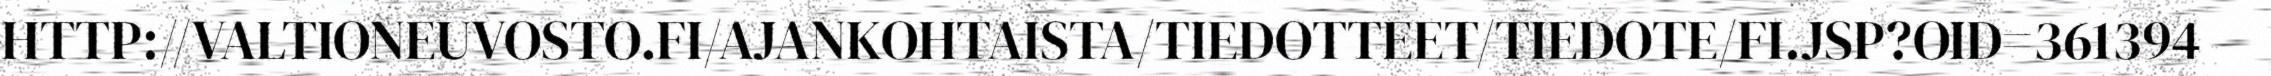
HTTP://VALTIONEUVOSTO.FI/AJANKOHTAISTA/TIEDOTTEET/TIEDOTE/FI.JSP?OID=361394